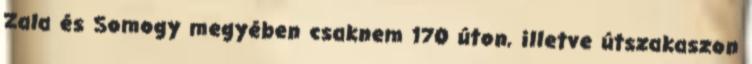
Zala és Somogy megyében csaknem 170 úton, illetve útszakaszon